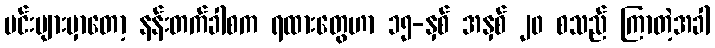
မင်းများမှာတော့ နန်းတက်ခါစက ရထားတွေဟာ ၁၅-နှစ် အနှစ် ၂၀ စသည် ကြာတဲ့အခါ